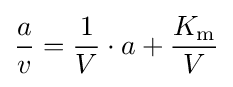
{a \over v}={1 \over V}\cdot a+{K_{\mathrm {m} } \over V}